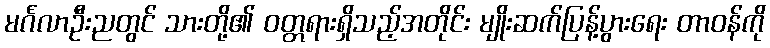
မင်္ဂလာဦးညတွင် သားတို့၏ ဝတ္တရားရှိသည့်အတိုင်း မျိုးဆက်ပြန့်ပွားရေး တာဝန်ကို